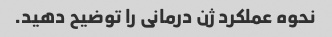
نحوه عملکرد ژن درمانی را توضیح دهید.